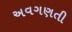
અવગણતી